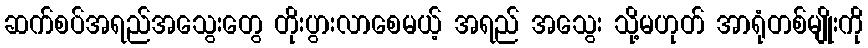
ဆက်စပ်အရည်အသွေးတွေ တိုးပွားလာစေမယ့် အရည် အသွေး သို့မဟုတ် အာရုံတစ်မျိုးကို